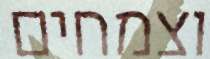
וצמחים